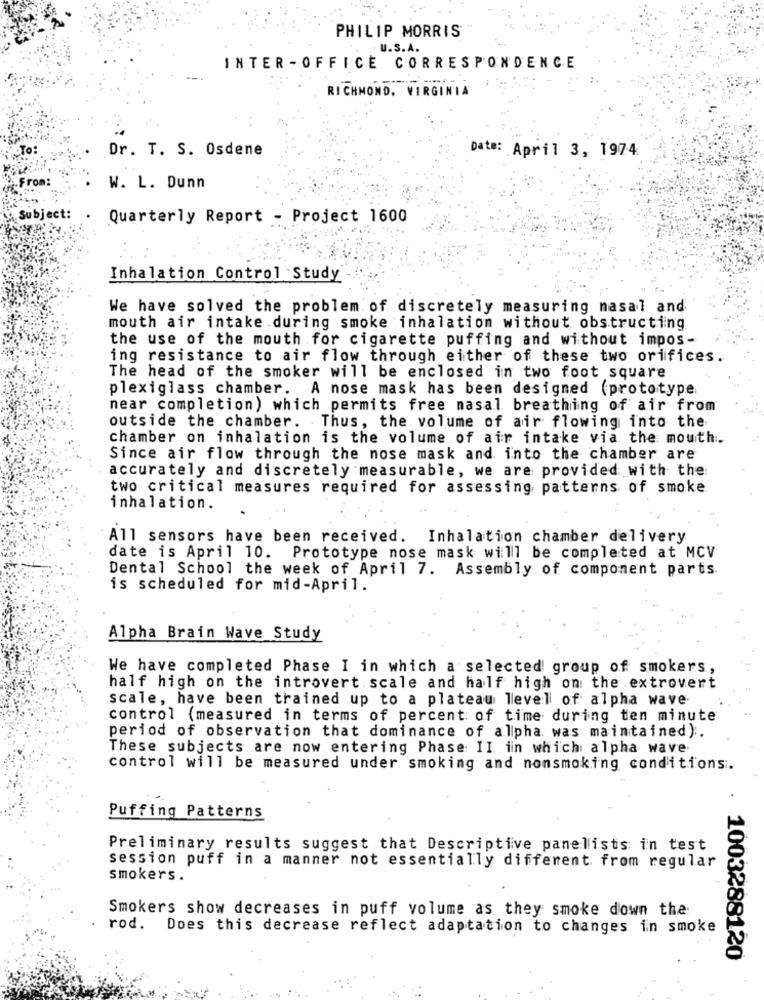
PHILIP MORRIS
. U.S.A.
INTER - OFFICE CORRESPONDENCE
RICHMOND, VIRGINIA
Dr. T. S. Osdene
Date: April 3, 1974
W. L. Dunn
Subject:
Quarterly Report - Project 1600
Inhalation Control Study
We have solved the problem of discretely measuring nasal and
mouth air intake during smoke inhalation without obstructing
the use of the mouth for cigarette puffing and without impos-
ing resistance to air flow through either of these two orifices.
The head of the smoker will be enclosed in two foot square
plexiglass chamber. A nose mask has been designed (prototype.
near completion) which permits free masal breathing of air from
outside the chamber. Thus, the volume of air flowing into the
chamber on inhalation is the volume of air intake via the mouth.
Since air flow through the nose mask and into the chamber are
accurately and discretely measurable, we are provided with the
two critical measures required for assessing patterns of smoke
inhalation.
All sensors have been received. Inhalation chamber delivery
date is April 10. Prototype nose mask will be completed at MCV
Dental School the week of April 7. Assembly of component parts.
is scheduled for mid-April.
Alpha Brain Wave Study
We have completed Phase I in which a selected group of smokers,
half high on the introvert scale and half high on the extrovert
scale, have been trained up to a plateau level of alpha wave
control (measured in terms of percent of time during ten minute
period of observation that dominance of allpha was maintained) :.
These subjects are now entering Phase II in which alpha wave
control will be measured under smoking and nonsmoking conditions.
Puffing Patterns
Preliminary results suggest that Descriptive panelists in test
session puff in a manner not essentially different from regular
smokers.
Smokers show decreases in puff volume as they smoke down the:
rod. Does this decrease reflect adaptation to changes in smoke
. 1003288120